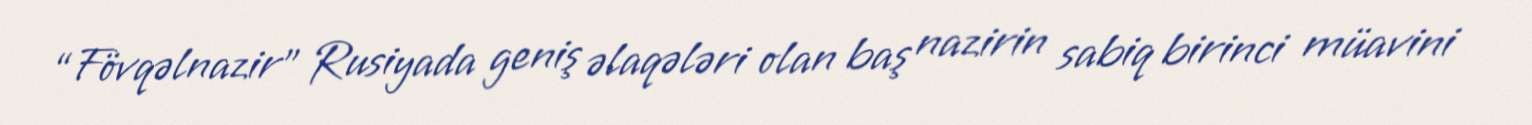
“Fövqəlnazir” Rusiyada geniş əlaqələri olan baş nazirin sabiq birinci müavini